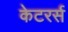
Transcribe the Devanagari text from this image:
केटरर्स